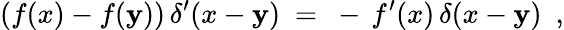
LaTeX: (f(x)-f(\mathbf{y}))\, \delta^{\prime}(x-\mathbf{y})~=~-\, f^{\prime}(x)\, \delta(x-\mathbf{y})~~,